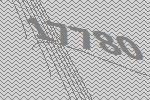
17780